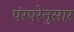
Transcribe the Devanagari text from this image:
पंरपरेनुसार